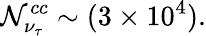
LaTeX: \mathcal{N}_{\nu_{\tau}}^{cc}\sim(3\times10^{4}).